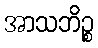
အာသဘိဉ္စ